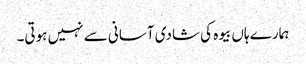
ہمارے ہاں بیوہ کی شادی آسانی سے نہیں ہوتی۔